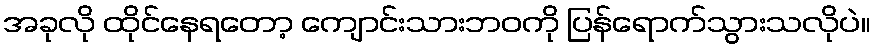
အခုလို ထိုင်နေရတော့ ကျောင်းသားဘဝကို ပြန်ရောက်သွားသလိုပဲ။